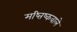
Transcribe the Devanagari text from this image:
मष्तिष्कवाले